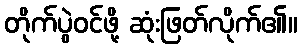
တိုက်ပွဲဝင်ဖို့ ဆုံးဖြတ်လိုက်၏။